Civil Veterinary Department ledger series I-VI
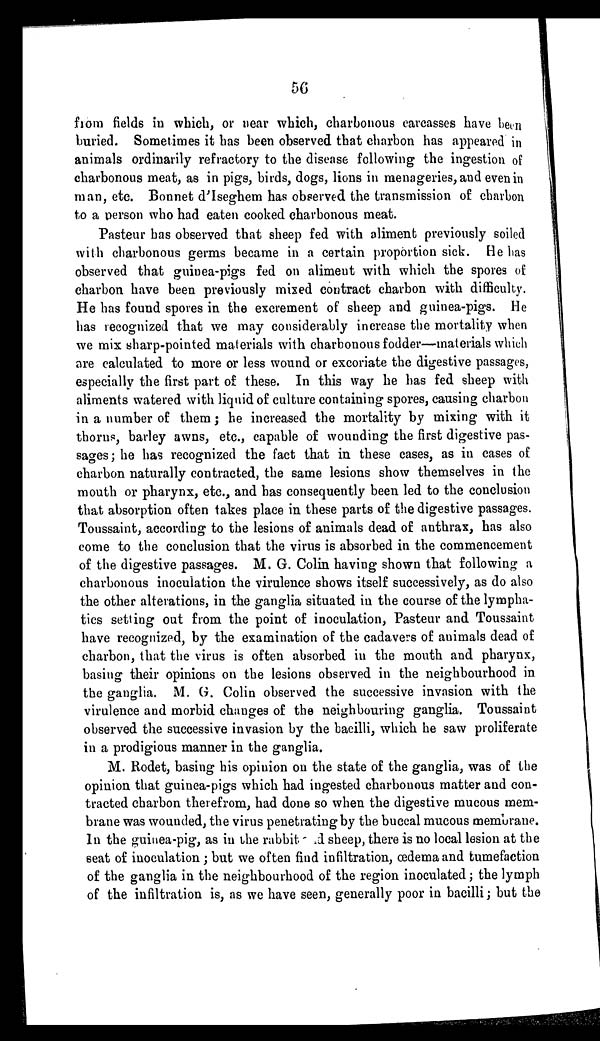
56
from fields in which, or near which, charbonous carcasses have been
buried. Sometimes it has been observed that charbon has appeared in
animals ordinarily refractory to the disease following the ingestion of
charbonous meat, as in pigs, birds, dogs, lions in menageries, and even in
man, etc. Bonnet d'Iseghem has observed the transmission of charbon
to a person who had eaten cooked charbonous meat.
Pasteur has observed that sheep fed with aliment previously soiled
with charbonous germs became in a certain proportion sick. He has
observed that guinea-pigs fed on aliment with which the spores of
charbon have been previously mixed contract charbon with difficulty.
He has found spores in the excrement of sheep and guinea-pigs. He
has recognized that we may considerably increase the mortality when
we mix sharp-pointed materials with charbonous fodder—materials which
are calculated to more or less wound or excoriate the digestive passages,
especially the first part of these. In this way he has fed sheep with
aliments watered with liquid of culture containing spores, causing charbon
in a number of them; he increased the mortality by mixing with it
thorns, barley awns, etc., capable of wounding the first digestive pas-
sages; he has recognized the fact that in these cases, as in cases of
charbon naturally contracted, the same lesions show themselves in the
mouth or pharynx, etc., and has consequently been led to the conclusion
that absorption often takes place in these parts of the digestive passages.
Toussaint, according to the lesions of animals dead of anthrax, has also
come to the conclusion that the virus is absorbed in the commencement
of the digestive passages. M. G. Colin having shown that following a
charbonous inoculation the virulence shows itself successively, as do also
the other alterations, in the ganglia situated in the course of the lympha-
tics setting out from the point of inoculation, Pasteur and Toussaint
have recognized, by the examination of the cadavers of animals dead of
charbon, that the virus is often absorbed in the mouth and pharynx,
basing their opinions on the lesions observed in the neighbourhood in
the ganglia. M. G. Colin observed the successive invasion with the
virulence and morbid changes of the neighbouring ganglia. Toussaint
observed the successive invasion by the bacilli, which he saw proliferate
in a prodigious manner in the ganglia.
M. Rodet, basing his opinion on the state of the ganglia, was of the
opinion that guinea-pigs which had ingested charbonous matter and con-
tracted charbon therefrom, had done so when the digestive mucous mem-
brane was wounded, the virus penetrating by the buccal mucous membrane.
In the guinea-pig, as in the rabbit and sheep, there is no local lesion at the
seat of inoculation; but we often find infiltration, œdema and tumefaction
of the ganglia in the neighbourhood of the region inoculated; the lymph
of the infiltration is, as we have seen, generally poor in bacilli; but the